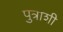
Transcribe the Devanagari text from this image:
पुत्राशी